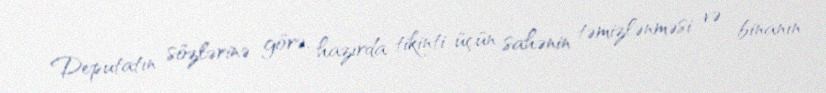
Deputatın sözlərinə görə, hazırda tikinti üçün sahənin təmizlənməsi və binanın